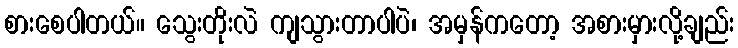
စားစေပါတယ်။ သွေးတိုးလဲ ကျသွားတာပါပဲ၊ အမှန်ကတော့ အစားမှားလို့ချည်း